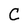
Character: C